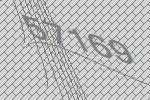
57169